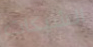
الشيكات